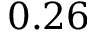
0 . 2 6